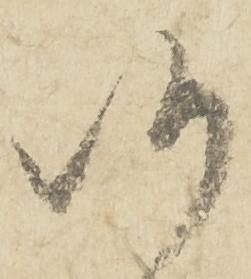
候